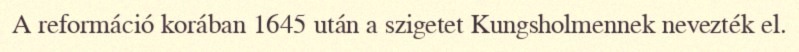
A reformáció korában 1645 után a szigetet Kungsholmennek nevezték el.